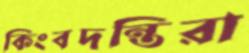
কিংবদন্তিরা